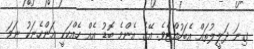
ގިނަ ދަލީލުތައް އެބަހުއްޓެވެ. އޭގެ އެންމެ ބޮޑު އެއް ހެއްކަކީ އަންހެނަކު ނަމަ